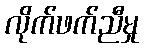
လိုက်ဖက်ညီမှု